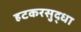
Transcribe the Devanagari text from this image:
हटकरसुद्धा